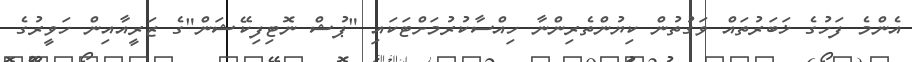
އެންމެ ފަހުގެ ޚަބަރުތައް ވަގުތުން ކިޔުންތެރިންނާ ހިއްސާކުރުމަށްޓަކައި "ޕުޝް ނޮޓިފިކޭޝަން"ގެ ޒަރީއާއިން ހަވީރުގެ